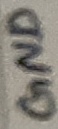
Text: GND